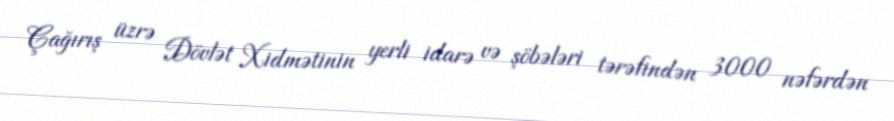
Çağırış üzrə Dövlət Xidmətinin yerli idarə və şöbələri tərəfindən 3000 nəfərdən